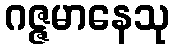
ဂဇ္ဇမာနေသု